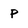
Character: P